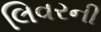
લિવરની